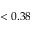
< 0 . 3 8